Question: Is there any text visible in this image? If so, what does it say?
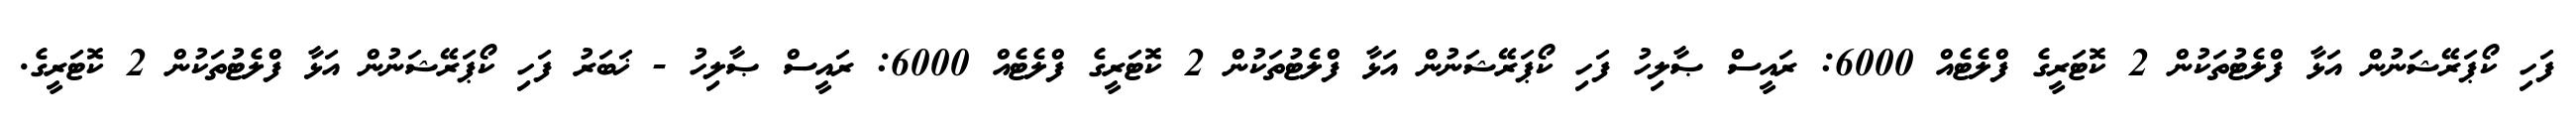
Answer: ފަހި ކޯޕަރޭޝަނުން އަޅާ ފްލެޓުތަކުން 2 ކޮޓަރީގެ ފްލެޓެއް 6000: ރައީސް ޞާލިހު ފަހި ކޯޕަރޭޝަނުން އަޅާ ފްލެޓުތަކުން 2 ކޮޓަރީގެ ފްލެޓެއް 6000: ރައީސް ޞާލިހު - ޚަބަރު ފަހި ކޯޕަރޭޝަނުން އަޅާ ފްލެޓުތަކުން 2 ކޮޓަރީގެ.